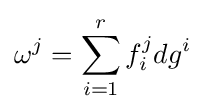
\omega ^{j}=\sum _{i=1}^{r}f_{i}^{j}dg^{i}